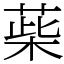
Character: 䓱